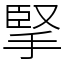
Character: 掔